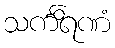
သင်္ကိရဏံ